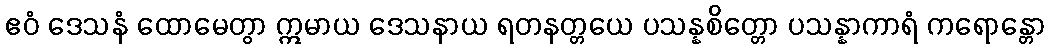
ဧဝံ ဒေသနံ ထောမေတွာ ဣမာယ ဒေသနာယ ရတနတ္တယေ ပသန္နစိတ္တော ပသန္နာကာရံ ကရောန္တော